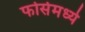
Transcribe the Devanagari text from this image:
फोर्समध्ये